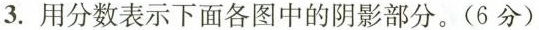
3.用分数表示下面各图中的阴影部分。(6分)